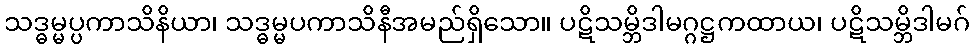
သဒ္ဓမ္မပ္ပကာသိနိယာ၊ သဒ္ဓမ္မပကာသိနီအမည်ရှိသော။ ပဋိသမ္ဘိဒါမဂ္ဂဋ္ဌကထာယ၊ ပဋိသမ္ဘိဒါမဂ်